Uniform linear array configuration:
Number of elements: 32
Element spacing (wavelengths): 0.75
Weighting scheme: kaiser
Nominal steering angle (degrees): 15
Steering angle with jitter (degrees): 13.793
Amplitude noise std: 0.05
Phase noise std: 0.05

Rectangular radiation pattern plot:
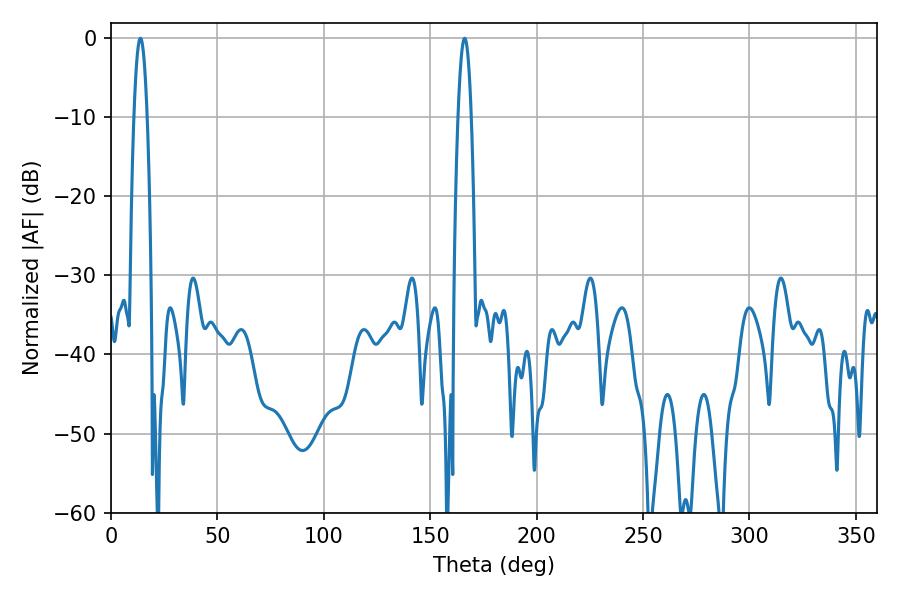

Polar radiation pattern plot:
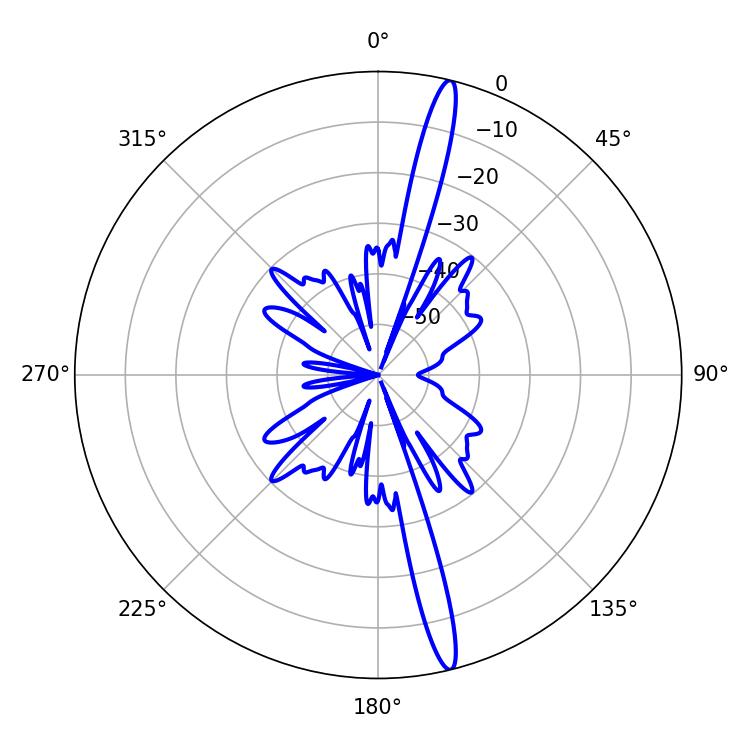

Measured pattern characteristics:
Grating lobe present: TRUE
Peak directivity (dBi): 18.088
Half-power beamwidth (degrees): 3.42
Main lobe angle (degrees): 166.14